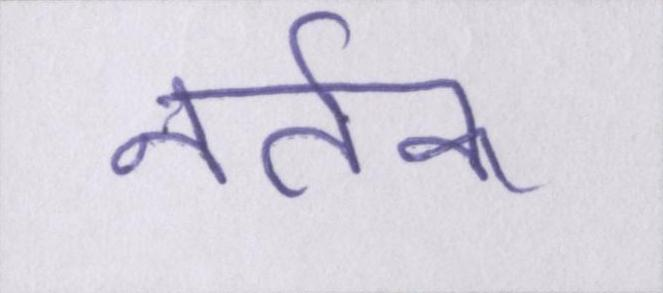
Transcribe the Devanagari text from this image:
नर्तक